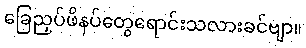
ခြေညှပ်ဖိနပ်တွေရောင်းသလားခင်ဗျာ။